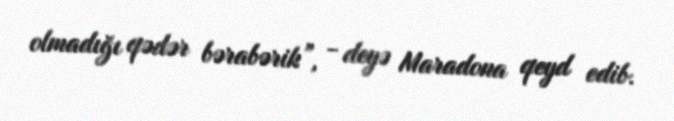
olmadığı qədər bərabərik”, - deyə Maradona qeyd edib.